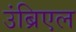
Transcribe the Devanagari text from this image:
उंब्रिएल